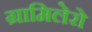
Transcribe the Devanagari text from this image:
ग्रामिलेरो